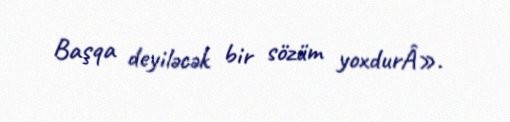
Başqa deyiləcək bir sözüm yoxdurÂ».